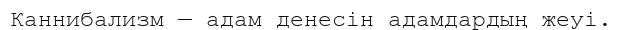
Каннибализм — адам денесін адамдардың жеуі.